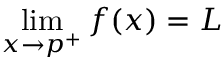
\operatorname* { l i m } _ { x \to p ^ { + } } f ( x ) = L